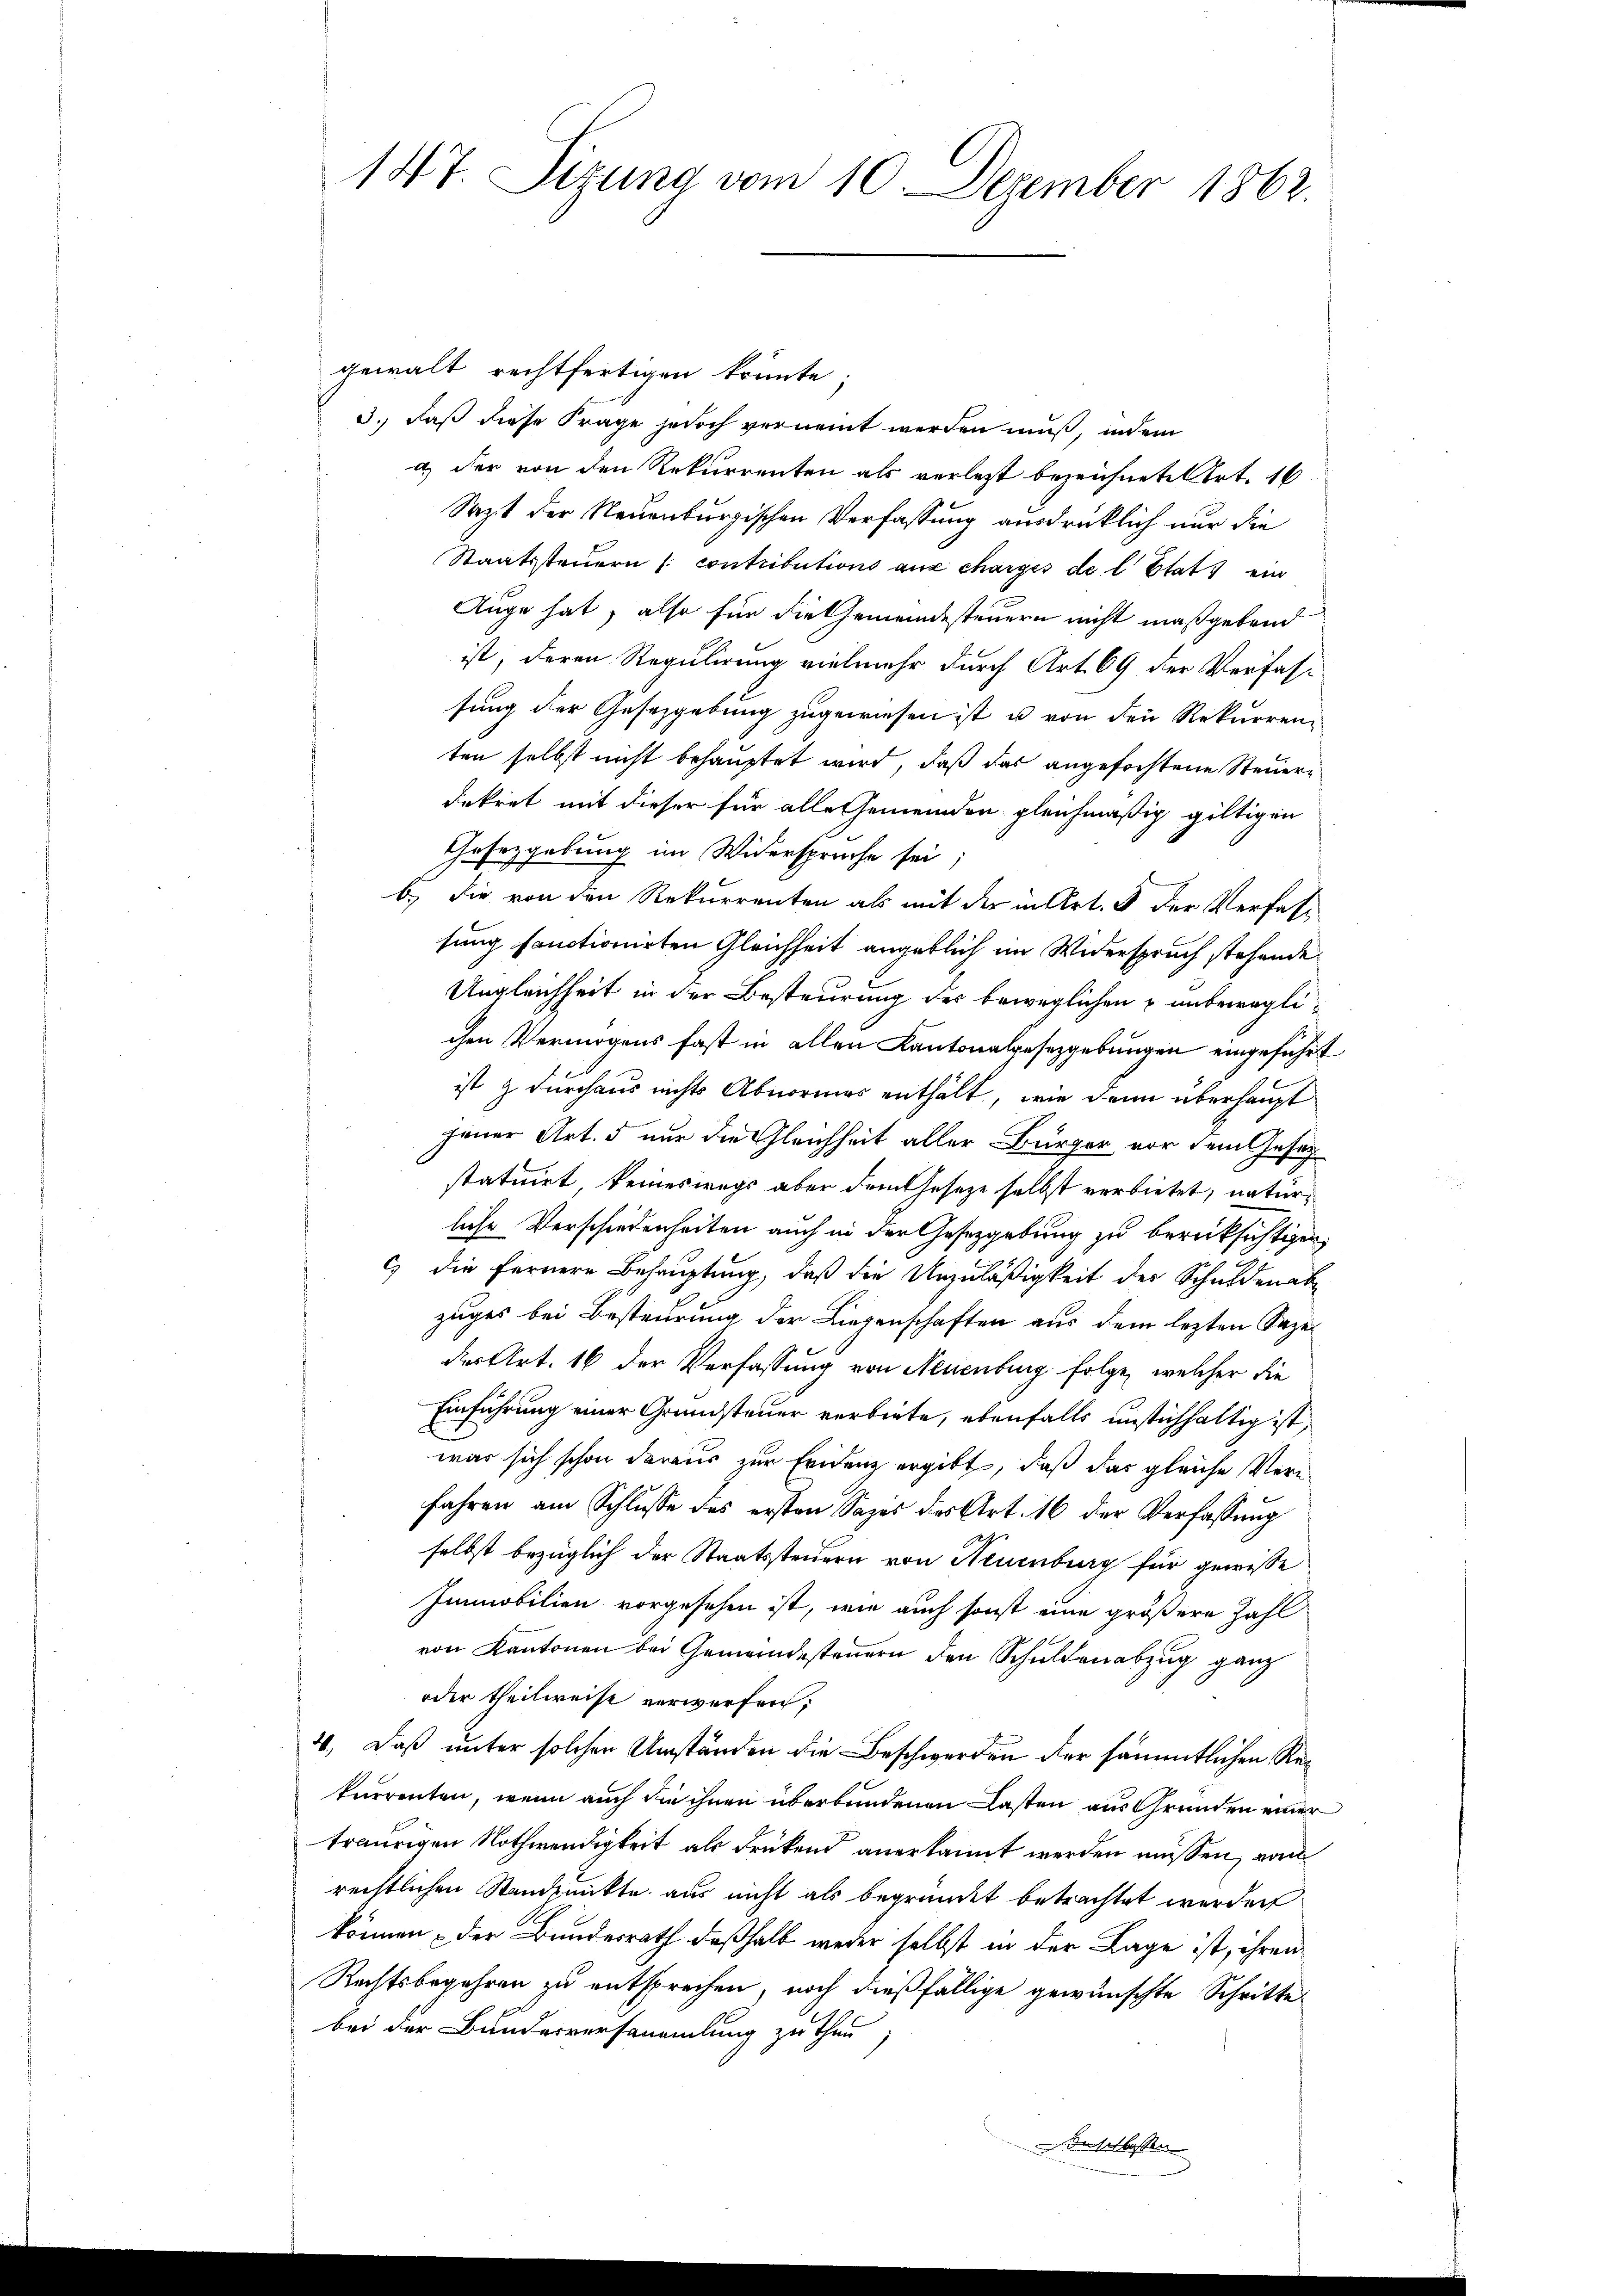
147. Sizung vom 10. Dezember 1862.

gewalt rechtfertigen könnte.
3., daß diese Frage jedoch vernannt werden muß, indem
a) der von den Rekurrenten als verletzt bezeichnete Art. 16
Sazit der Neuenburgischen Verfassung ausdrüklich nur die
Staatssteuern /: contributions aux charges de l’Etats ein
Auge hat, also für die Gemeindesteuern nicht maßgebend
ist, deren Regulirung vielmehr durch Art. 69 der Verfas-
sung der Gesetzgebung zugewiesen ist u von den Rekurrenz
ten selbst nicht behauptet wird, daß das angefochtene Steuerdekret mit dieser für alle Gemeinden gleichmäßig giltigen
Gesetzgebung im Widerspruche sei,
b) die von den Rekurrenten als mit der in Art. 8 der Verfas-
sung sanctionirten Gleichheit angeblich im Widerspruch stehende
Ungleichheit in der Besteurung des beweglichen unbeweglichen Vermögens fast in allen Kantonalgesetzgebungen eingeführt
ist durchaus nichts Abnormes enthält, wie dann überhaupt
jener Art. 5 nur die Gleichheit aller Bürger vor dem Gesezstatuirt keineswegs aber dem Gesetze selbst verbietet, natürliche Verschiedenheiten auch in der Gesetzgebung zu berücksichtigen,
c) die fernere Behauptung, daß die Unzuläßigkeit der Schuldenabe
zuges bei Besteurung der Liegenschaften aus dem lezten Sazeder Art. 16 der Verfassung von Neuenburg folge, welcher die
Einführung einer Grundsteuer verbiete, ebenfalls unstichhaltig ist,
war sich schon daraus zur Evidenz ergibt, daß das gleiche Verfahren am Schlusse des ersten Sages des Art. 16 der Verfassung
selbst bezüglich der Staatssteuern von Neuenburg für gewisse
Immobilien vorgesehen ist, wie auch sonst eine größere Zahl
von Kantonen bei Gemeindesteuern den Schuldenabzug ganz
oder theilweise verwerfen;
4. Daß unter solchen Umständen die Beschwerden der sämmtlichen Rekurrenten, wenn auch die ihnen überbundenen Lasten aus Grunden einer
traurigen Nothwendigkeit als drükend anerkannt werden müssen, vom
rechtlichen Standpunkte aus nicht als begründet betrachtet werden
können, der Bundesrath deßhalb weder selbst in der Lage ist, ihren
Rechtsbegehren zu entsprechen, noch dießfällige gewünschte Schritte
bei der Bundesversammlung zu thun
eiserlassen